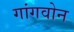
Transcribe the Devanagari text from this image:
गांगवोन